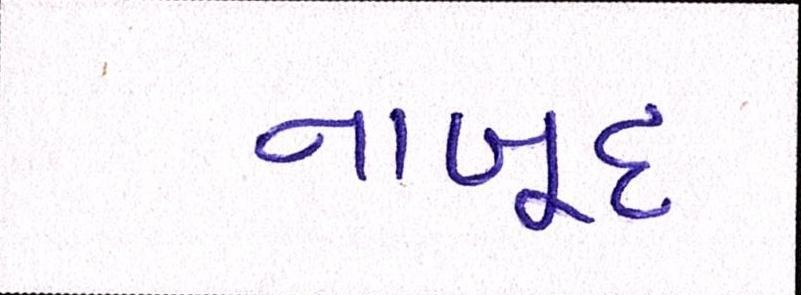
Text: નાબૂદ